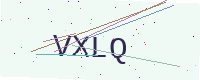
Text: VXLQ